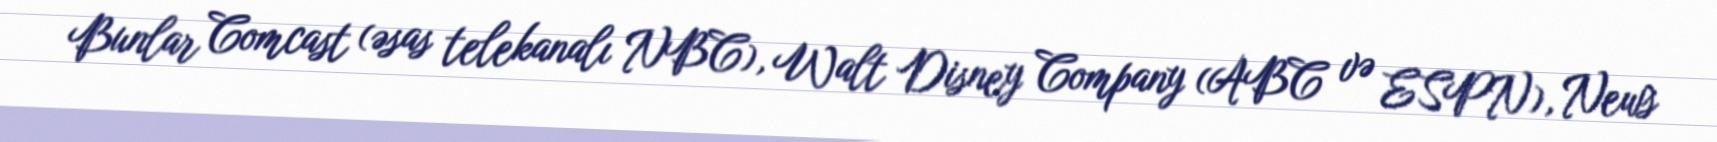
Bunlar Comcast (əsas telekanalı NBC), Walt Disney Company (ABC və ESPN), News